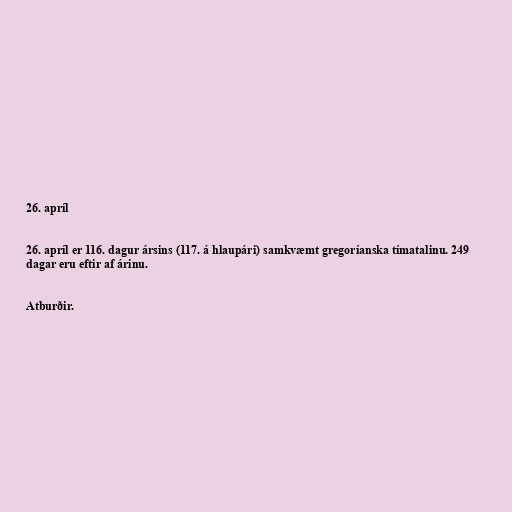
26. apríl

26. apríl er 116. dagur ársins (117. á hlaupári) samkvæmt gregoríanska tímatalinu. 249
dagar eru eftir af árinu.

Atburðir.